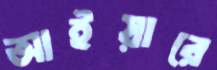
আইয়ারে